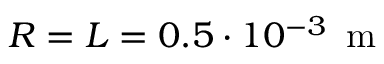
R = L = 0 . 5 \cdot 1 0 ^ { - 3 } \, \mathrm { ~ m ~ }